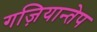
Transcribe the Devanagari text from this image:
गज़ियान्तेप